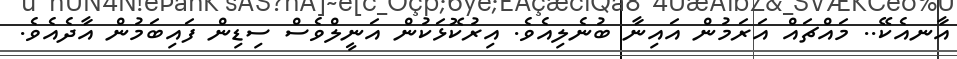
އާނއެކޭ.. މައްޗައް އަރަމުން އައިނާ ބުނެލިއެވެ. އިރުކޮޅަކުން އަނީލްވެސް ސިޑިން ފައިބަމުން އާދެއެވެ.